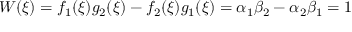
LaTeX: W ( \xi ) = f _ { 1 } ( \xi ) g _ { 2 } ( \xi ) - f _ { 2 } ( \xi ) g _ { 1 } ( \xi ) = \alpha _ { 1 } \beta _ { 2 } - \alpha _ { 2 } \beta _ { 1 } = 1